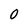
Character: 0